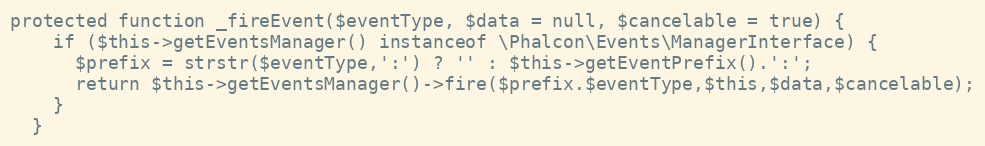
Language: PHP
protected function _fireEvent($eventType, $data = null, $cancelable = true) {
    if ($this->getEventsManager() instanceof \Phalcon\Events\ManagerInterface) {
      $prefix = strstr($eventType,':') ? '' : $this->getEventPrefix().':';
      return $this->getEventsManager()->fire($prefix.$eventType,$this,$data,$cancelable);
    }
  }